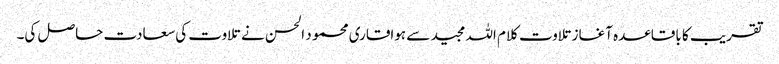
تقریب کا باقاعدہ آغاز تلاوت کلام اللہ مجید سے ہواقاری محمو د الحسن نے تلاوت کی سعادت حاصل کی۔